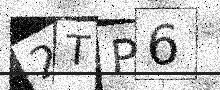
Text: 2TP6